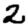
Digit: 2